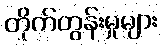
တိုက်တွန်းမှုများ